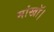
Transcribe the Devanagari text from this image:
मांखॉ।